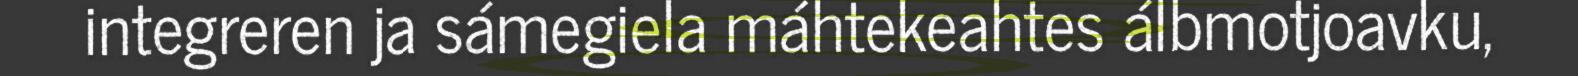
integreren ja sámegiela máhtekeahtes álbmotjoavku,